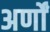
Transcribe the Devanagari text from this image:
अर्णों